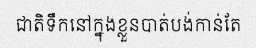
ជាតិទឹកនៅក្នុងខ្លួនបាត់បង់កាន់តែ